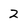
Character: 2